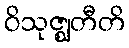
ဝိသုဇ္ဈတီတိ